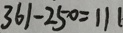
3 6 1 - 2 5 0 = 1 1 1